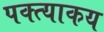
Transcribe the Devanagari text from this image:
पक्त्याकय